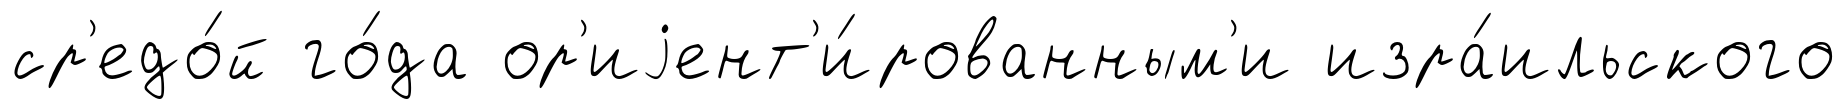
ср'едо́й го́да ор'иjент'и́рованным'и изра́ильского